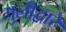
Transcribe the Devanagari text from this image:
मुलीद्वारे